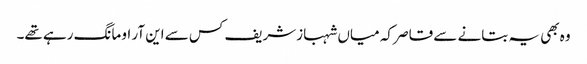
وہ بھی یہ بتانے سے قاصر کہ میاں شہبازشریف کس سے این آر او مانگ رہے تھے۔